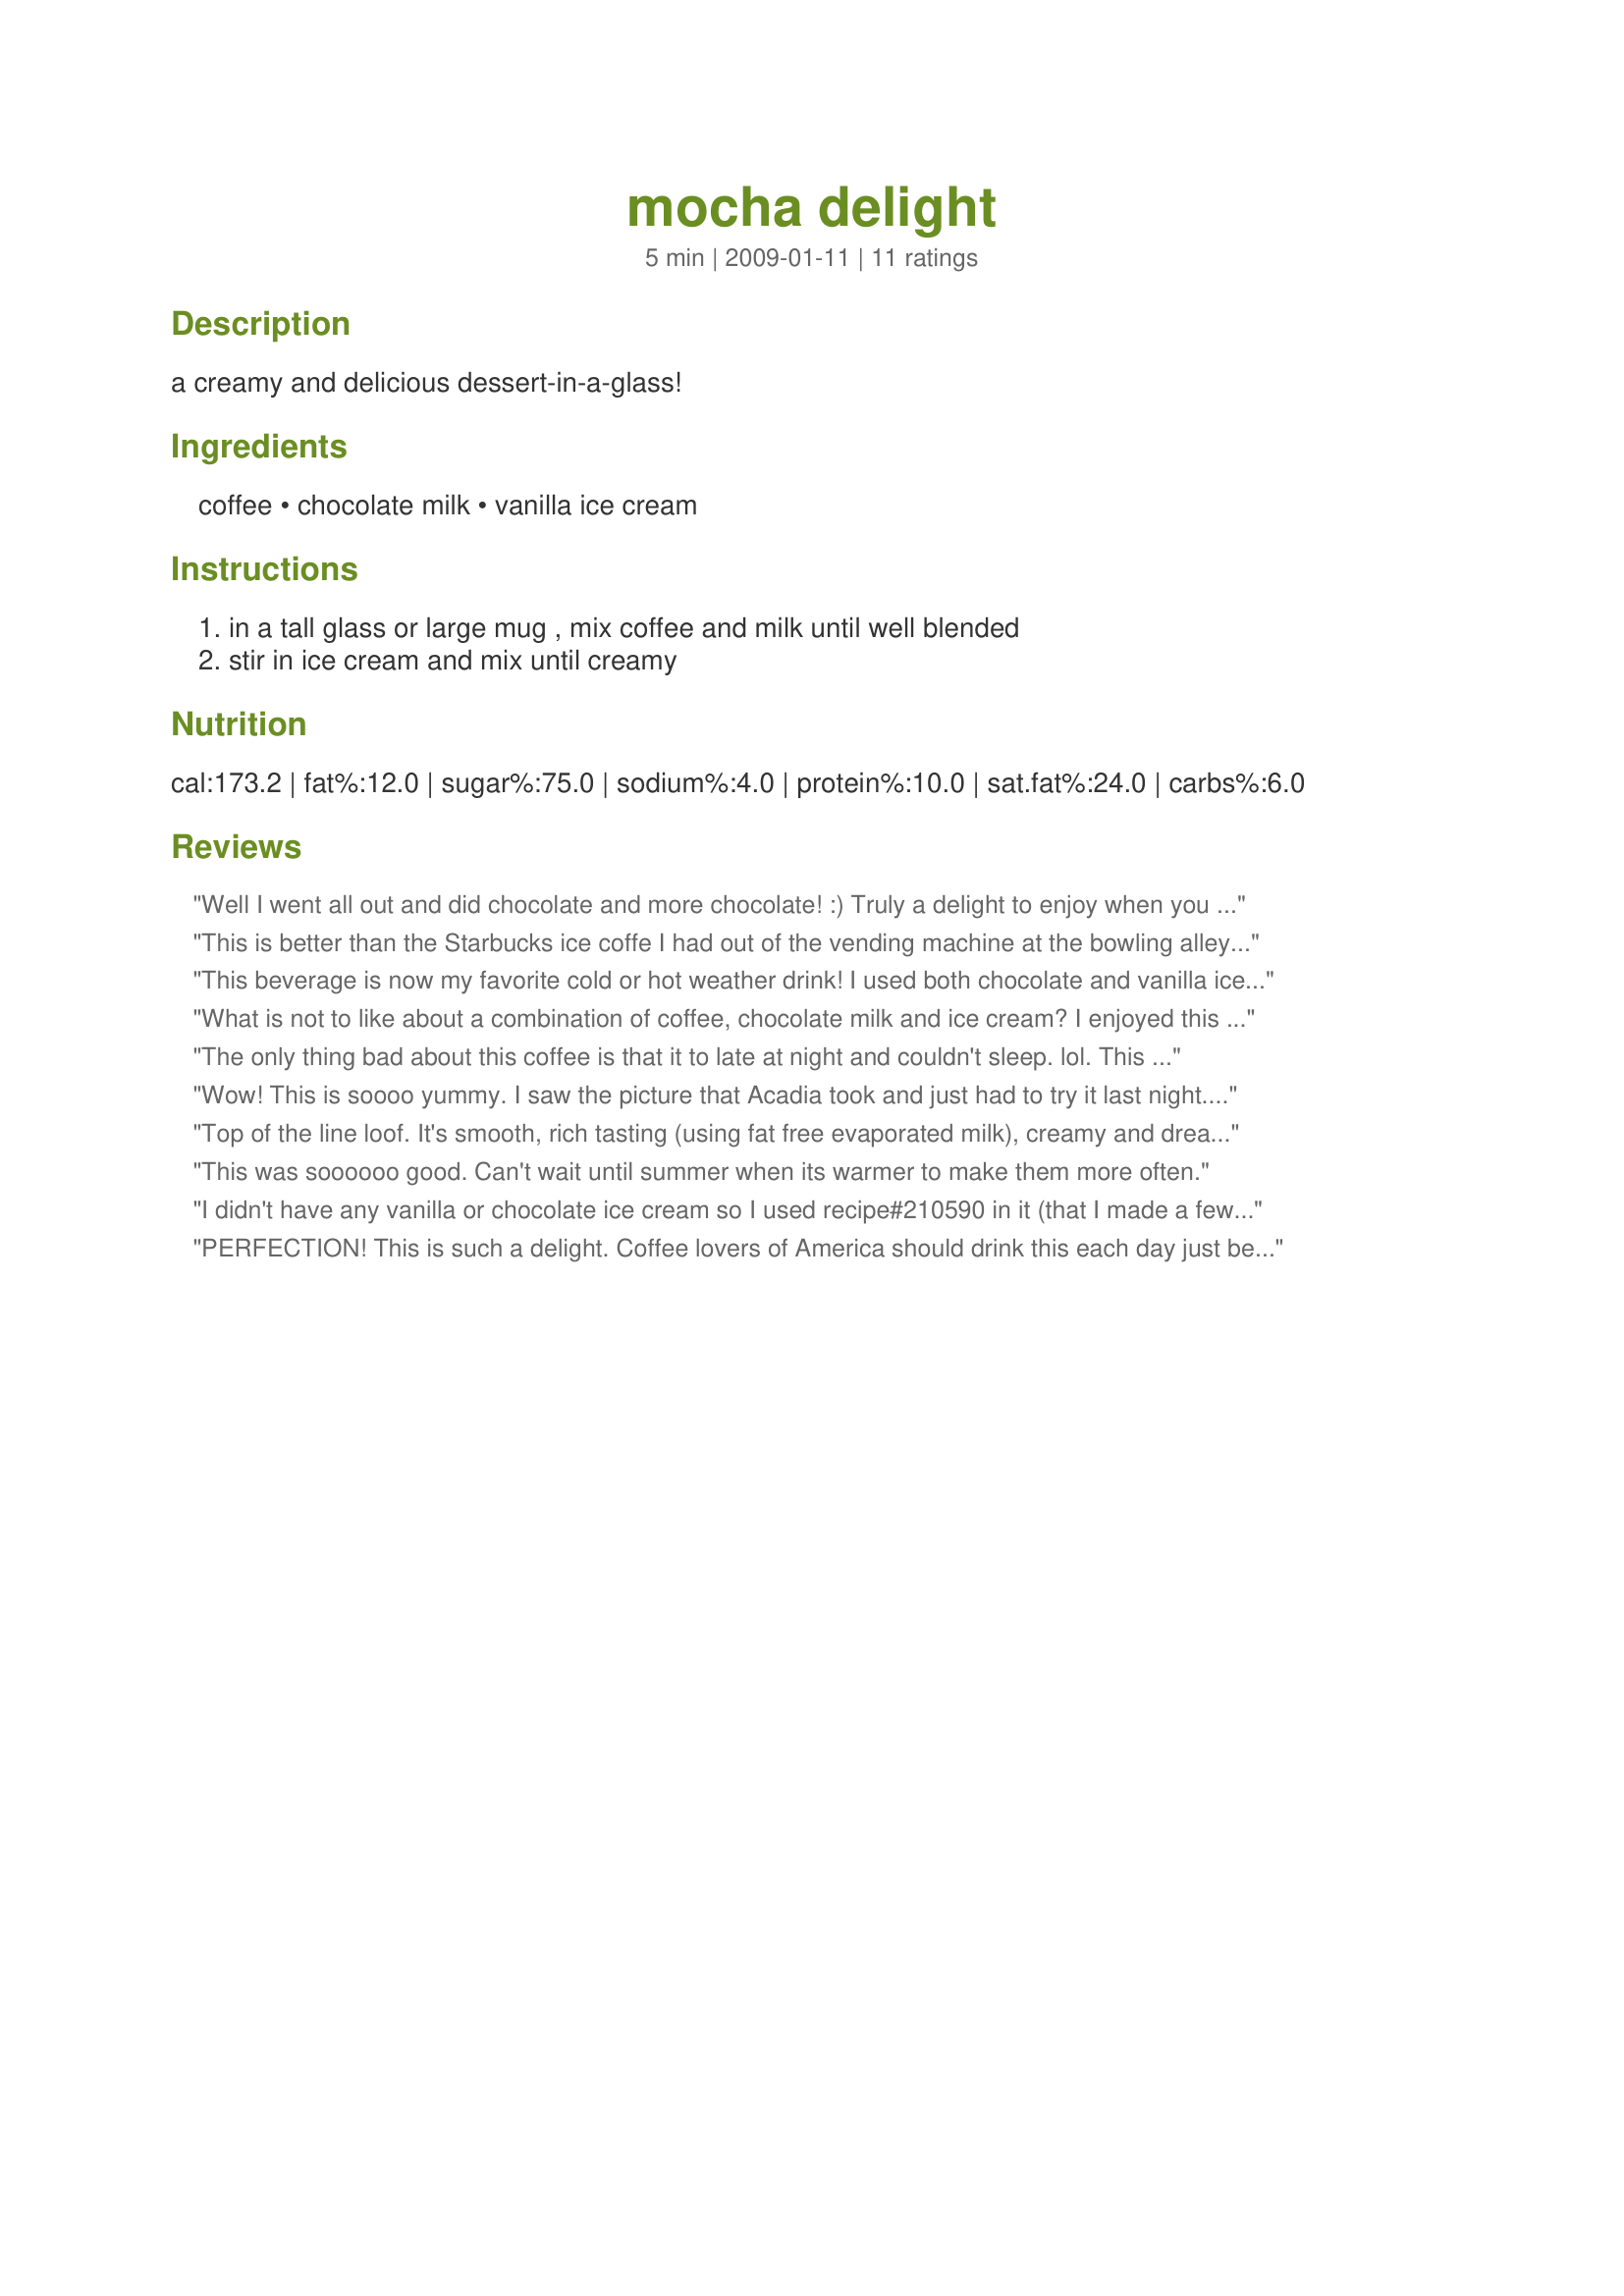
mocha delight
Preparation time: 5 minutes

a creamy and delicious dessert-in-a-glass!

Ingredients:
coffee, chocolate milk, vanilla ice cream

Steps:
in a tall glass or large mug , mix coffee and milk until well blended, stir in ice cream and mix until creamy

Reviews:
Well I went all out and did chocolate and more chocolate! :) Truly a delight to enjoy when you need that pick me up in the middle of the afternoon. Thanks loof for sharing yet another keeper recipe! Congrats on your win in the Football Pool.
This is better than the Starbucks ice coffe I had out of the vending machine at the bowling alley! It has a wonderful blend of texture and taste. Five Stars all the way!
This beverage is now my favorite cold or hot weather drink! I used both chocolate and vanilla ice cream and it was just dreamy!
Thanks Loof, for posting it! This recipe was made for the "Potluck Tag (January) - Bring a Friend Event!!!
What is not to like about a combination of coffee, chocolate milk and ice cream? I enjoyed this on a hot fall afternoon!! Thanks for sharing the recipe. Made for Stars Tag Game.
The only thing bad about this coffee is that it to late at night and couldn't sleep. lol. This was such a yummy and easy dessert for the coffee lover. Thanks Loof! Your recipes continue to impress me! Made for 123 tag.
Wow! This is soooo yummy. I saw the picture that Acadia took and just had to try it last night. My hubby and I both drank them at 10:00 pm. We loved every sweet sip, but then had trouble getting to sleep! :) This is a quick, sweet treat that anyone who loves coffee and chocolate would enjoy. Thanks for posting!
Top of the line loof. It's smooth, rich tasting (using fat free evaporated milk), creamy and dreamy. There is simply nothing not to love and deeply enjoy in this glass. Wonderful.
This was soooooo good. Can't wait until summer when its warmer to make them more often.
I didn't have any vanilla or chocolate ice cream so I used recipe#210590 in it (that I made a few months ago). It was great. Thanks Loof. Made for Potluck tag
PERFECTION! This is such a delight. Coffee lovers of America should drink this each day just becaue it makes you so happy. I made your lovely dessert coffee with strong black coffee, some rockey road ice cream and a touch of dutch cocoa added in for good measure. I was going to add the whipped cream but did not want to wait a second longer. Delicious! Oh this is definitely a keeper and in the summer I can see having this with iced coffee. OH GOSH hurry up summertime! Made for AUS/NZ Swap 50
Mmmmm! Just hit the spot! Thanks so much, loof : )
